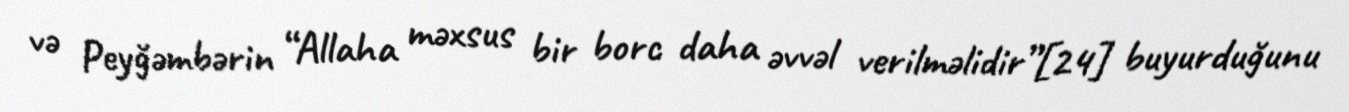
və Peyğəmbərin “Allaha məxsus bir borc daha əvvəl verilməlidir”[24] buyurduğunu